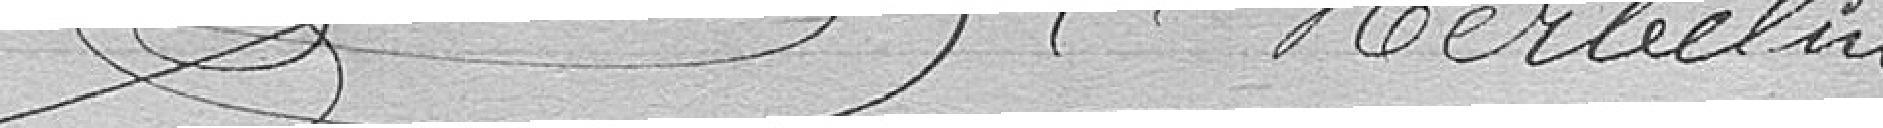
Herbelin